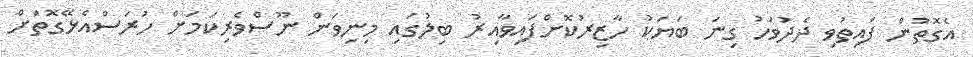
އެގޮތުން ފައިތުވި ދެދުވަހު ގިނަ ބަޔަކު ހާޒިރުކޮށްފައިވާއިރު ބިލުގައި މިނިވަން ނޫސްވެރިކަމަށް ހުރަސްއެޅޭގޮތަށް